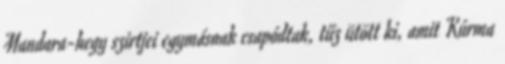
Mandara-hegy szirtjei egymásnak csapódtak, tűz ütött ki, amit Kúrma